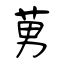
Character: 莮